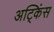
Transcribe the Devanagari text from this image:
अट्किंस